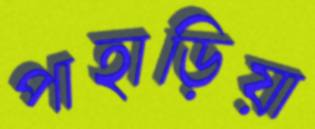
পাহাড়িয়া